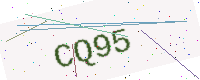
Text: CQ95